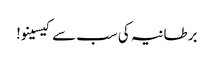
برطانیہ کی سب سے کیسینو!